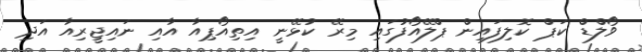
ވޯލްޑް ކަޕް ކޮލިފައިން ޕްލޭއޯފުގައި މިރޭ ކުޅޭނީ އިތިއޯޕިއާ އާއި ނައިޖީރިއާ އަދި